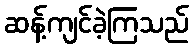
ဆန့်ကျင်ခဲ့ကြသည်